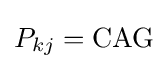
P_{kj}={\text{CAG}}